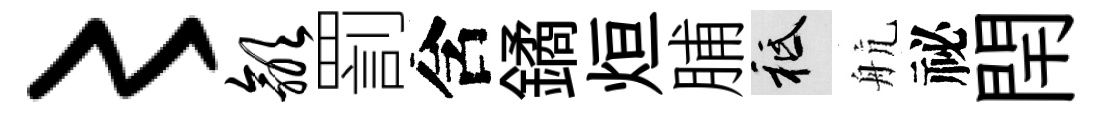
〻歙罰含鐍烜脯祇航祕閈